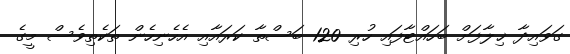
ގަވައިދާ ޚިލާފަށް ބަހައްޓާފައި ހުރި 120 ބަސްތާ ކަރައާއި އެހެނިހެން ތަކެތިވެސް މީގެ